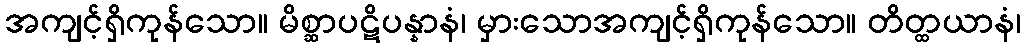
အကျင့်ရှိကုန်သော။ မိစ္ဆာပဋိပန္နာနံ၊ မှားသောအကျင့်ရှိကုန်သော။ တိတ္ထယာနံ၊